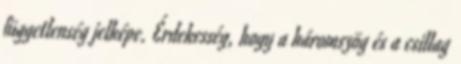
függetlenség jelképe. Érdekesség, hogy a háromszög és a csillag